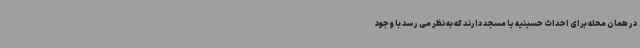
در همان محله برای احداث حسینیه یا مسجد دارند که به نظر می رسد با وجود